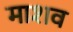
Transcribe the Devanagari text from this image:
माशव